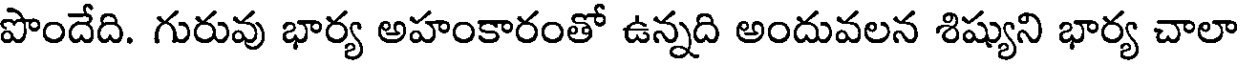
పొందేది. గురువు భార్య అహంకారంతో ఉన్నది అందువలన శిష్యుని భార్య చాలా